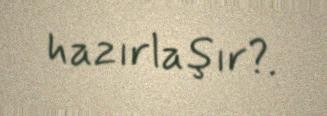
hazırlaşır?.